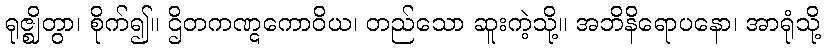
ရုဇ္ဈိတွာ၊ စိုက်၍။ ဌိတကဏ္ဋကောဝိယ၊ တည်သော ဆူးကဲ့သို့။ အဘိနိရောပနော၊ အာရုံသို့